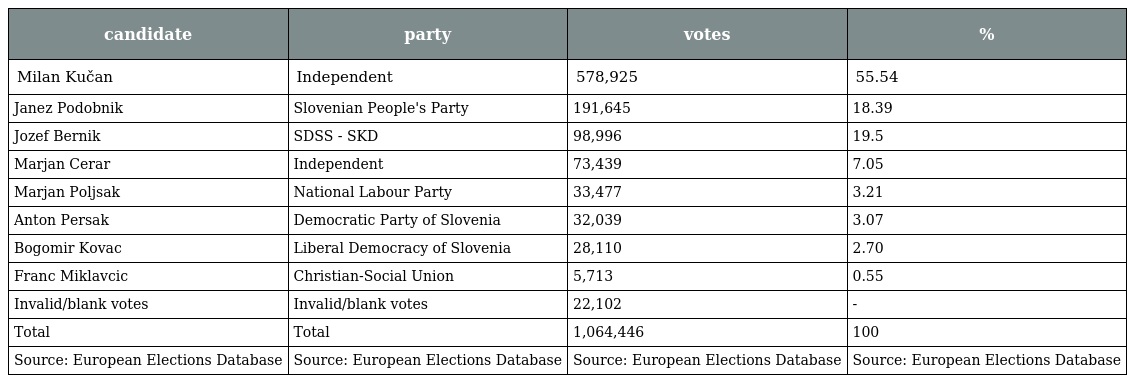
| candidate | party | votes | % |
 | --- | --- | --- | --- |
 | Milan Kučan | Independent | 578,925 | 55.54 |
 | Janez Podobnik | Slovenian People's Party | 191,645 | 18.39 |
 | Jozef Bernik | SDSS - SKD | 98,996 | 19.5 |
 | Marjan Cerar | Independent | 73,439 | 7.05 |
 | Marjan Poljsak | National Labour Party | 33,477 | 3.21 |
 | Anton Persak | Democratic Party of Slovenia | 32,039 | 3.07 |
 | Bogomir Kovac | Liberal Democracy of Slovenia | 28,110 | 2.70 |
 | Franc Miklavcic | Christian-Social Union | 5,713 | 0.55 |
 | Invalid/blank votes | Invalid/blank votes | 22,102 | - |
 | Total | Total | 1,064,446 | 100 |
 | Source: European Elections Database | Source: European Elections Database | Source: European Elections Database | Source: European Elections Database |